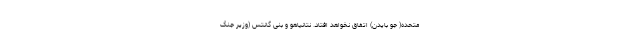
متحده( جو بایدن) اتفاق نخواهد افتاد. نتانیاهو و بنی گانتس (وزیر جنگ